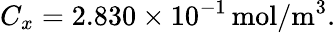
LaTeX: C_{x}=2.830\times 10^{-1}\, \mathrm{mol/m^{3}}.